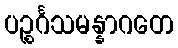
ပဉ္စင်္ဂသမန္နာဂတေ